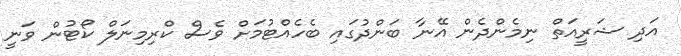
އަދި ޝަރީއަތް ނިމެންދެން އޭނާ ބަންދުގައި ބެހެއްޓުމަށް ވެސް ކްރިމިނަލް ކޯޓުން ވަނީ